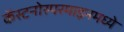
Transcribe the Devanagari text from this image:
कॅस्टनोस्परमाइनमध्ये